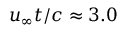
u _ { \infty } t / c \approx 3 . 0